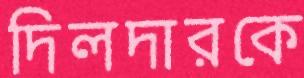
দিলদারকে